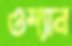
ওশ্যান